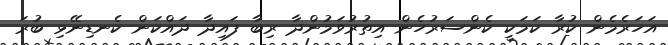
އަހަރެމެން ކުރާ ކަމަކީ ކެންސަރުހެން އިތުރުވަމުންދާ ރިބާ ފައިދާ ދައްކަން ކެނޑިނޭޅި ބުރަ